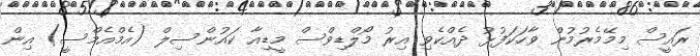
ރައީސް މިމޭމެރުމުން ވާހަކަފުޅު ދެއްކެވި އިރު މޯލްޑިވްސް މީޑިއާ ކައުންސިލް (އެމްއެމްސީ) އިން